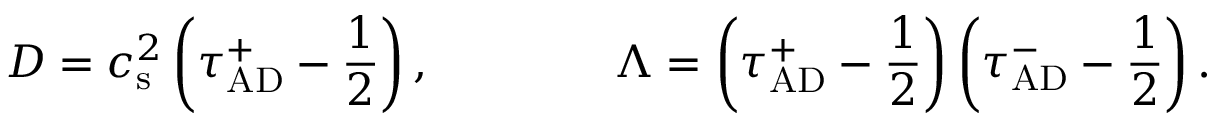
D = c _ { \mathrm { s } } ^ { 2 } \left( \tau _ { \mathrm { A D } } ^ { + } - \frac { 1 } { 2 } \right) , \qquad \qquad \Lambda = \left( \tau _ { \mathrm { A D } } ^ { + } - \frac { 1 } { 2 } \right) \left( \tau _ { \mathrm { A D } } ^ { - } - \frac { 1 } { 2 } \right) .